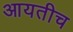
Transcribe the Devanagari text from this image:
आयतीच